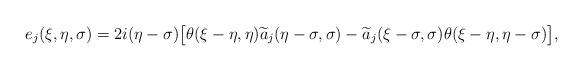
LaTeX: \begin{align*}e_j(\xi, \eta, \sigma)= 2i (\eta-\sigma)\big[ \theta(\xi-\eta, \eta) \widetilde{a}_j(\eta-\sigma, \sigma)- \widetilde{a}_j(\xi-\sigma, \sigma) \theta(\xi-\eta, \eta-\sigma)\big], \end{align*}